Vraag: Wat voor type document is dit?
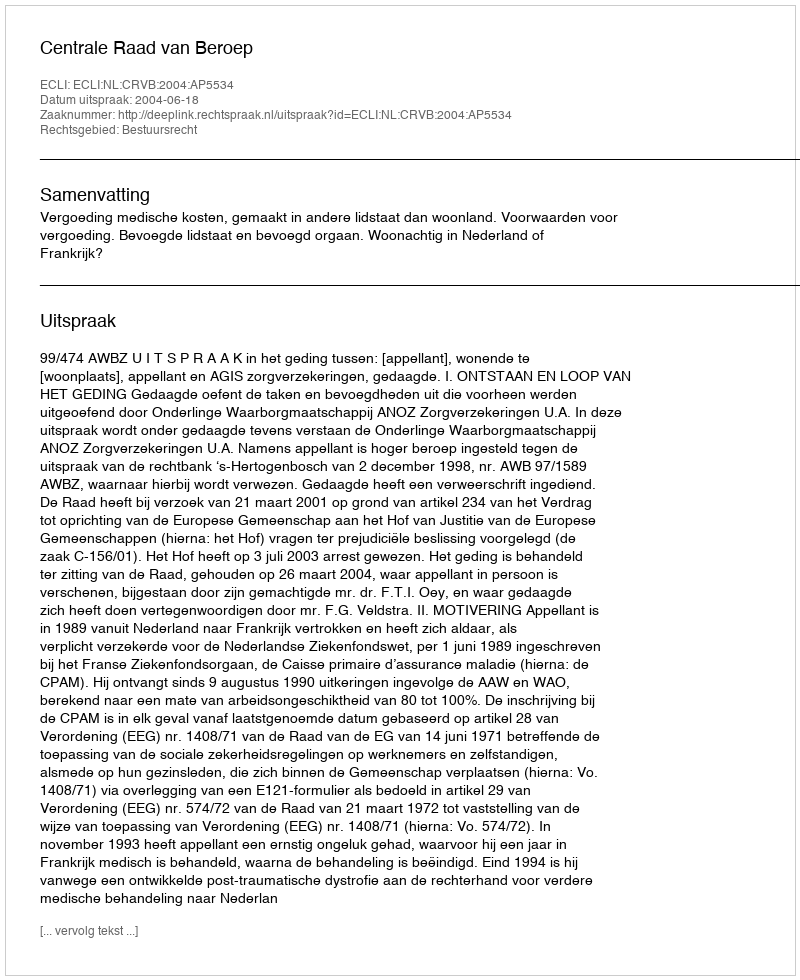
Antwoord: Uitspraak